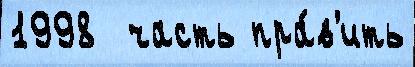
1998  часть пра́в'ить